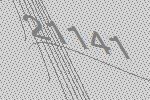
21141